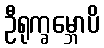
ဦရုက္ခမ္ဘောပိ